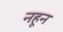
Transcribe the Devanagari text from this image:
नहून